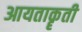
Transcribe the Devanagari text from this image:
आयताकॄती